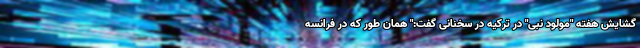
گشایش هفته "مولود نبی" در ترکیه در سخنانی گفت:" همان طور که در فرانسه